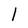
Character: 1